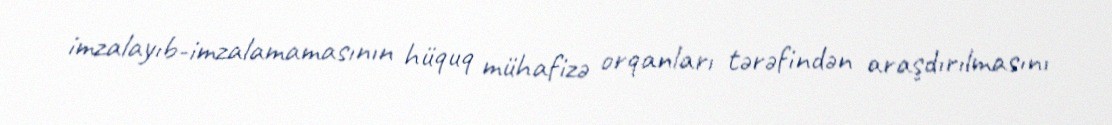
imzalayıb-imzalamamasının hüquq mühafizə orqanları tərəfindən araşdırılmasını